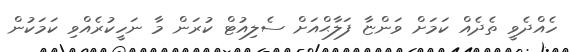
ހެއްދެވީ ތެދެއް ކަމަށް ވަންޏާ ފަލާޙްއަށް ސެލިއުޓް ކުރަން މާ ނަހީކުރެއްވި ކަމަކުން